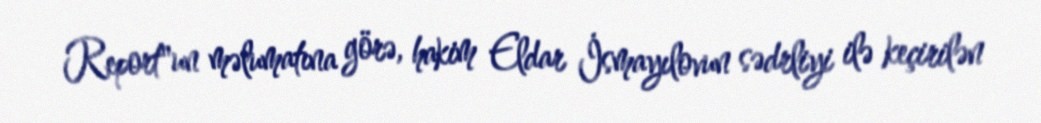
Report"un məlumatına görə, hakim Eldar İsmayılovun sədrliyi ilə keçirilən